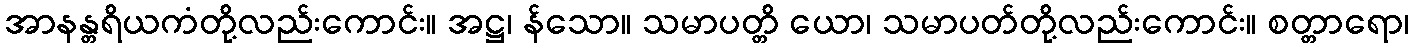
အာနန္တရိယကံတို့လည်းကောင်း။ အဋ္ဌ၊ န်သော။ သမာပတ္တိ ယော၊ သမာပတ်တို့လည်းကောင်း။ စတ္တာရော၊